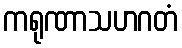
ကရုဏာသဟဂတံ